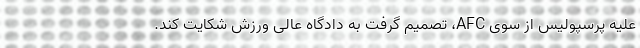
علیه پرسپولیس از سوی AFC، تصمیم گرفت به دادگاه عالی ورزش شکایت کند.